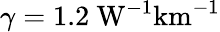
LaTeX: \gamma=1.2~\mathrm{W^{-1}km^{-1}}